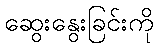
ဆွေးနွေးခြင်းကို